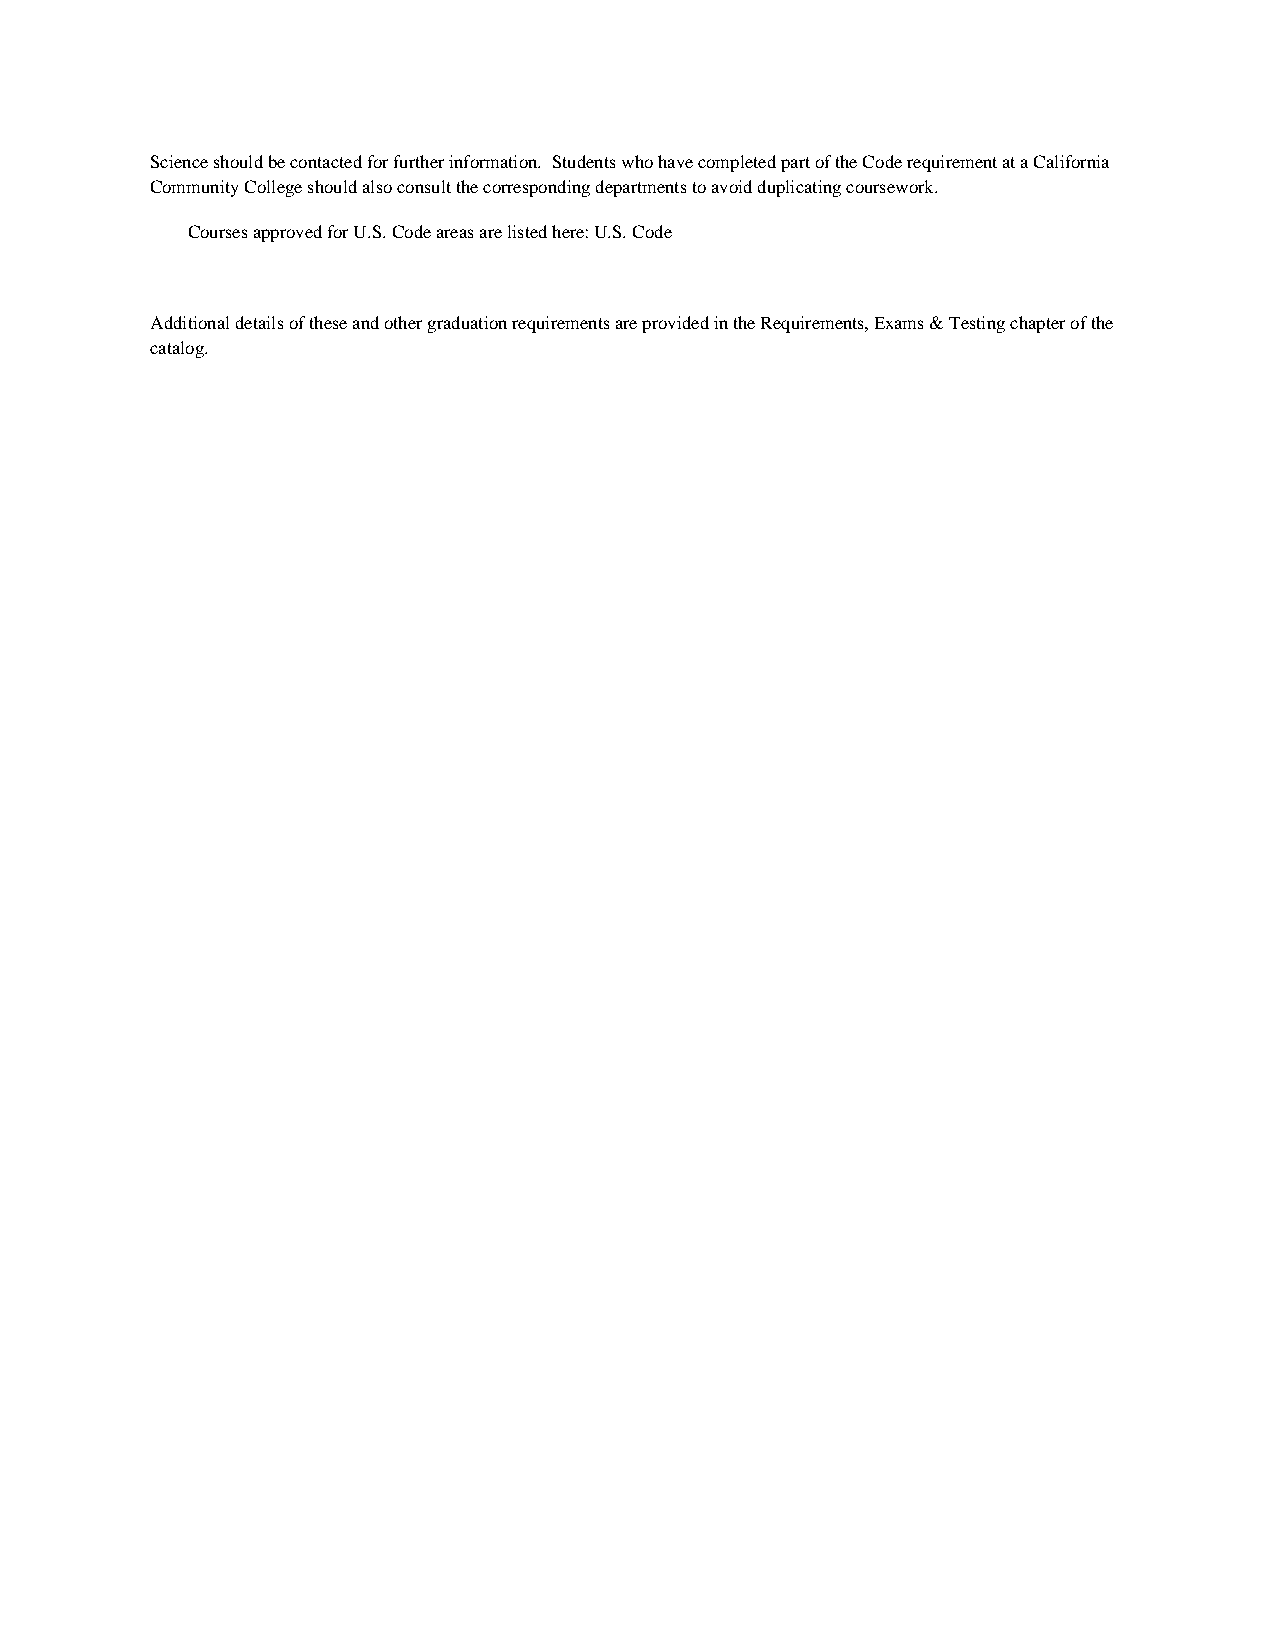
Science should be contacted for further information. Students who have completed part of the Code requirement at a California
 Community College should also consult the corresponding departments to avoid duplicating coursework.
 Courses approved for U.S. Code areas are listed here: U.S. Code
 Additional details of these and other graduation requirements are provided in the Requirements, Exams & Testing chapter of the
 catalog.